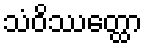
သံဝိဿတ္ထော